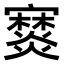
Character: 𤑖